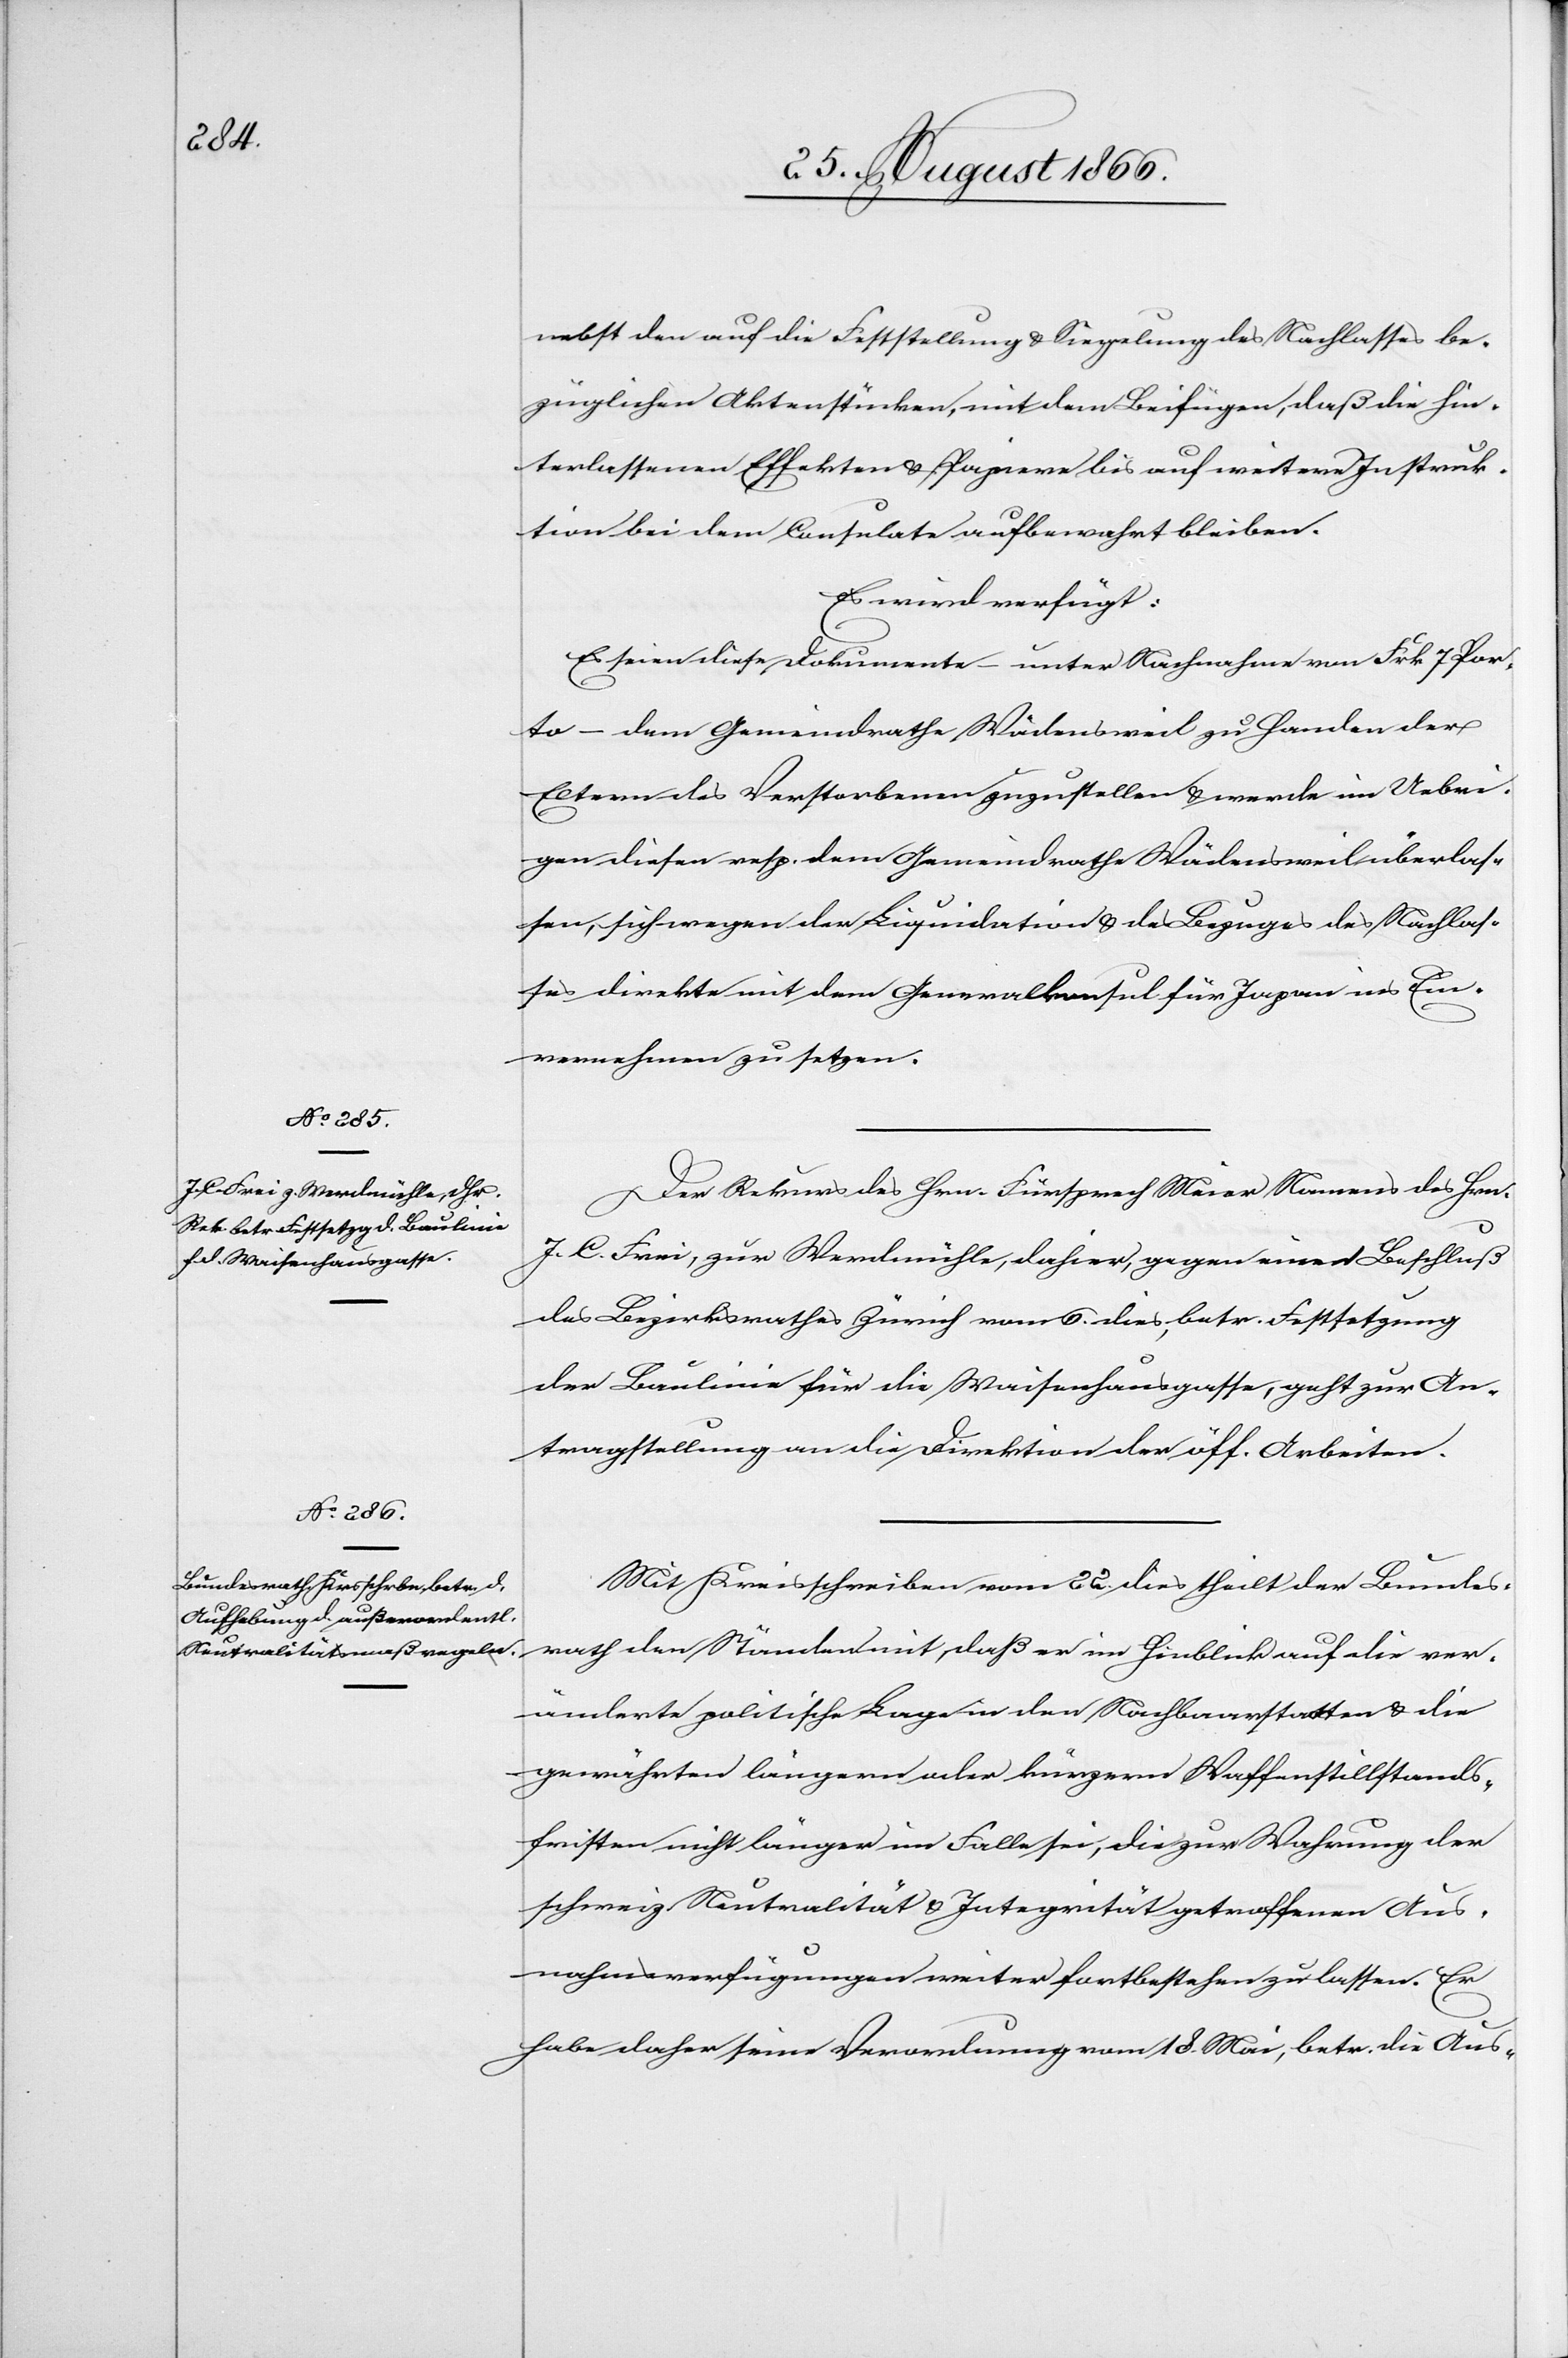
26. August 1866.]
nebst den auf die Feststellung u. Siegelung des Nachlasses be¬
züglichen Aktenstücken, mit dem Beifügen, daß die hin¬
terlassenen Effekten u. Papiere bis auf weitere Instruk¬
tion bei dem Consulate aufbewahrt bleiben.
Es wird verfügt:
Es seien diese Dokumente – unter Nachnahme von Frk. 7 Por¬
to – dem Gemeindrathe Wädensweil zu Handen der
Eltern des Verstorbenen zuzustellen u. werde im Uebri¬
gen diesen resp. dem Gemeindrathe Wädensweil überlas¬
sen, sich wegen der Liquidation u. des Bezuges des Nachlas¬
ses direkte mit dem Generalkonsul für Japan ins Ein¬
vernehmen zu setzen.
Der Rekurs des Hrn. Fürsprech Meier Namens des Hrn.
J. C. Frei, zur Werdmühle, dahier, gegen einen Beschluß
des Bezirksrathes Zürich vom 6. dies, betr. Festsetzung
der Baulinie für die Waisenhausgasse, geht zur An¬
tragstellung an die Direktion der öff. Arbeiten.
Mit Kreisschreiben vom 22. dies theilt der Bundes¬
rath den Ständen mit, daß er im Hinblick auf die ver¬
änderte politische Lage in den Nachbarstaaten u. die
gewährten längern oder kürzern Waffenstillstand¬
fristen nicht länger im Falle sei, die zur Wahrung der
schweiz. Neutralität u. Integrität getroffenen Aus¬
nahmsverfügungen weiter fortbestehen zu lassen. Er
habe daher seine Verordnung vom 18. Mai, betr. die Aus-